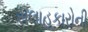
સલાહકારોની